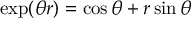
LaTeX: \exp ( \theta r ) = \cos \theta + r \sin \theta